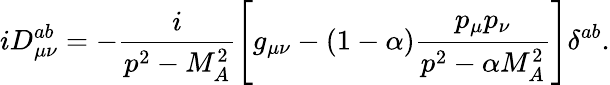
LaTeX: iD_{\mu\nu}^{ab}=-\frac i{p^{2}-M_{A}^{2}}\left[g_{\mu\nu}-(1-\alpha)\frac{p_{\mu}p_{\nu}}{p^{2}-\alpha M_{A}^{2}}\right]\delta^{ab}.